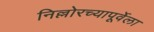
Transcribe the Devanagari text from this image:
निल्लोरच्यापूर्वेला